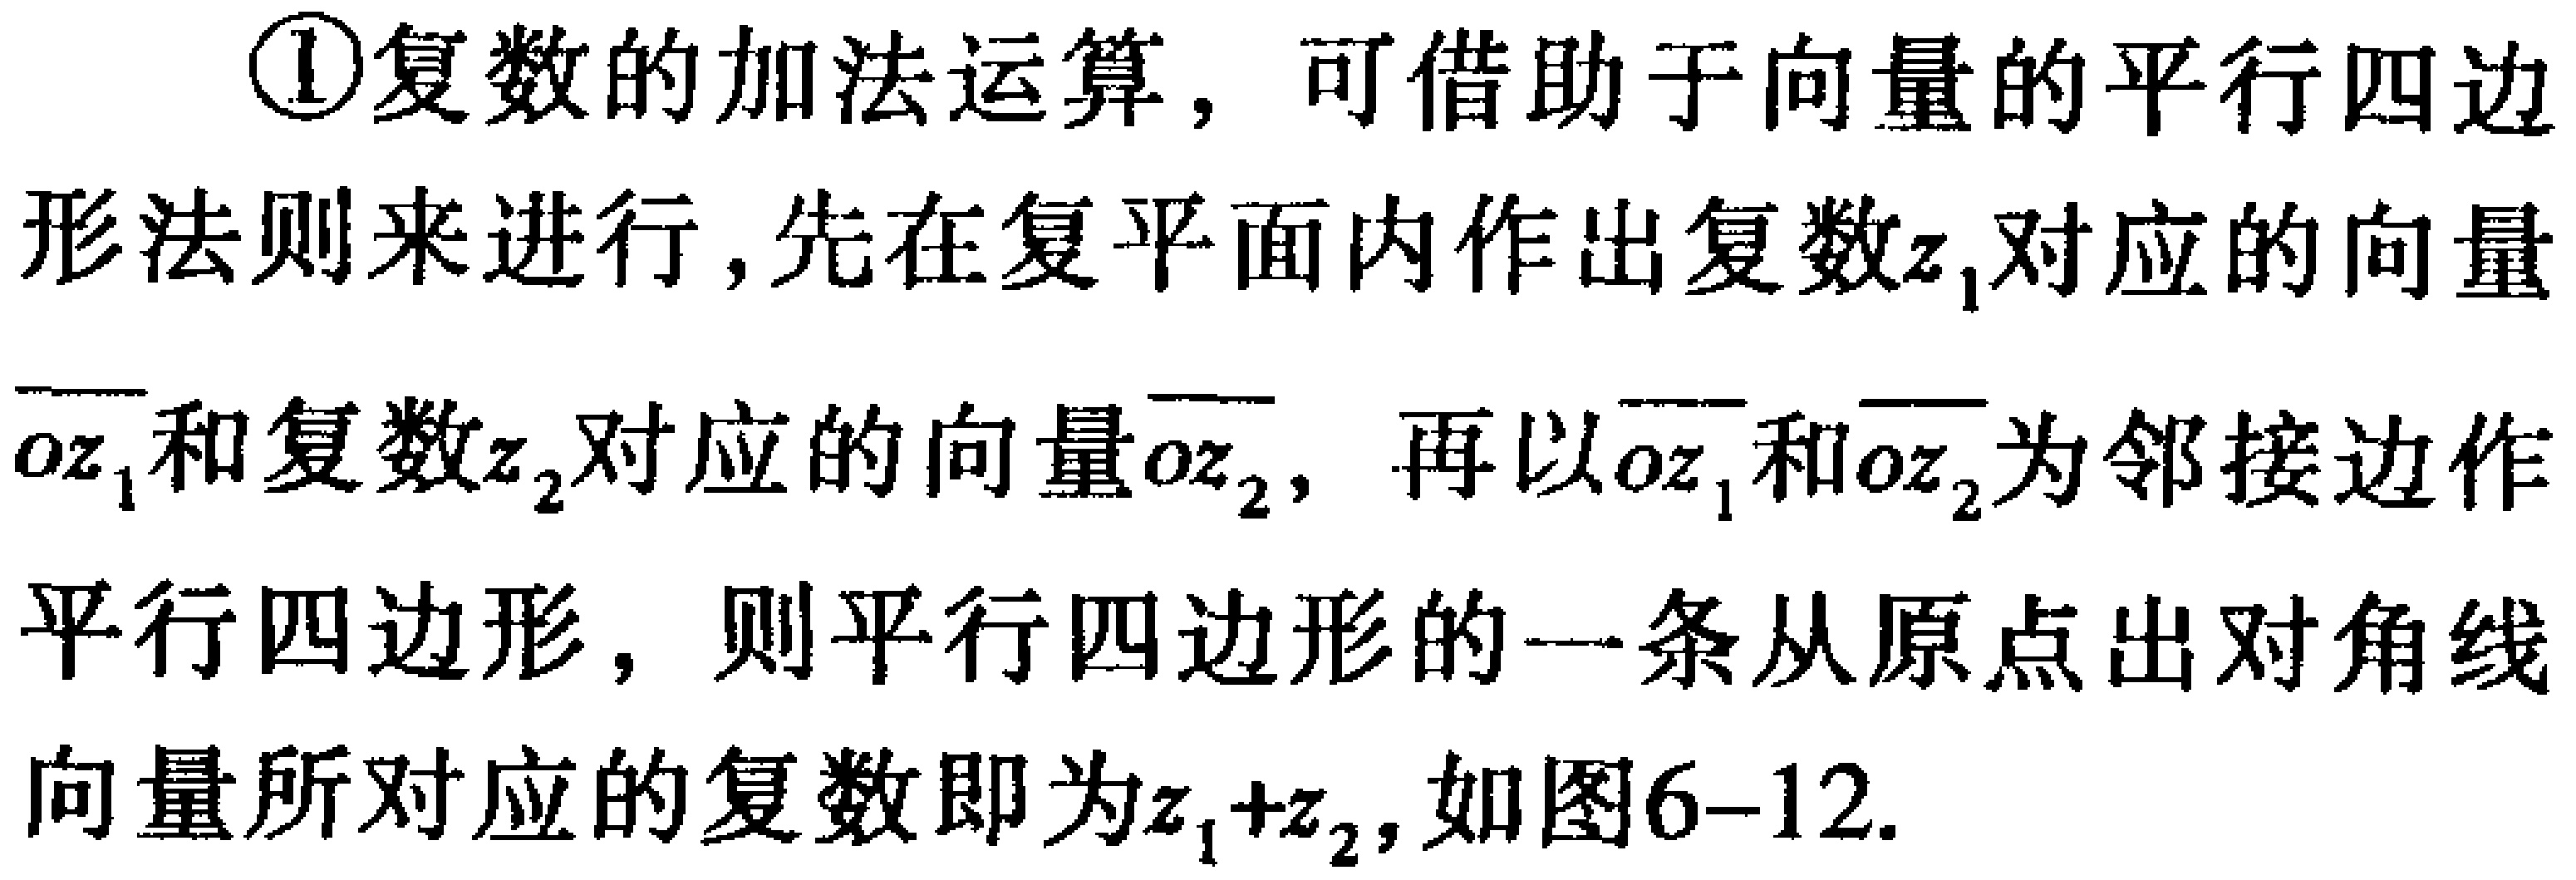
\textcircled{1}复数的加法运算，可借助于向量的平行四边形法则来进行，先在复平面内作出复数\(z_{1}\)对应的向量\(\overrightarrow{oz_{1}}\)和复数\(z_{2}\)对应的向量\(\overrightarrow{oz_{2}}\)，再以\(\overrightarrow{oz_{1}}\)和\(\overrightarrow{oz_{2}}\)为邻接边作平行四边形，则平行四边形的一条从原点出对角线向量所对应的复数即为\(z_{1} + z_{2}\)，如图6 - 12.